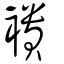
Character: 䙡